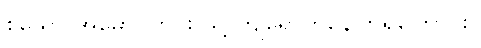
စသော အမှောင်တွင်း သို့ ကျရောက်နေကြရကြောင်း။